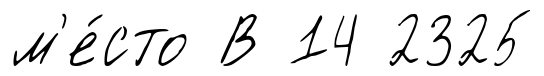
м'е́сто В 14 2325